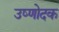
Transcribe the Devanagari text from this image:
उष्णोदक